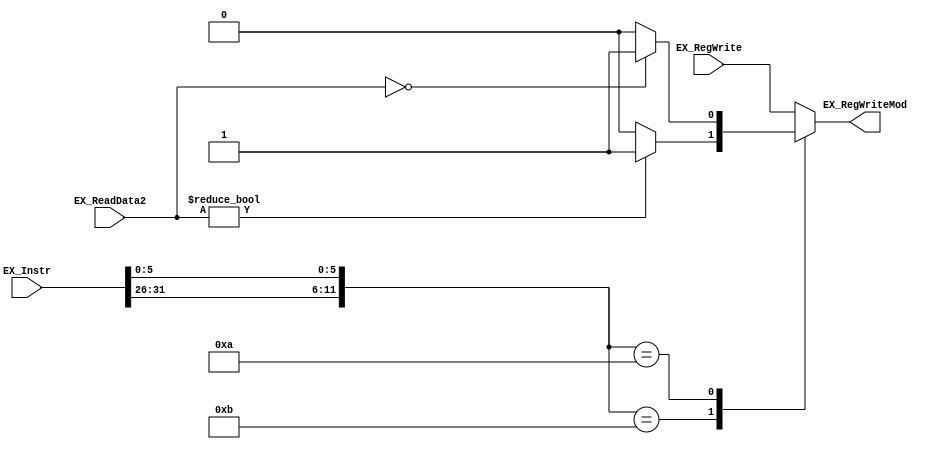
`timescale 1ns / 1ps
//////////////////////////////////////////////////////////////////////////////////
// Company: 
// Engineer: 
// 
// Design Name: 
// Module Name: MovCheck
// Project Name: 
// Target Devices: 
// Tool Versions: 
// Description: 
// 
// Dependencies: 
// 
// Revision:
// Revision 0.01 - File Created
// Additional Comments:
// 
//////////////////////////////////////////////////////////////////////////////////


module MovCheck(EX_Instr, EX_RegWrite, EX_ReadData2, EX_RegWriteMod);

    input [31:0] EX_ReadData2, EX_Instr;
    input EX_RegWrite;
    
    output reg EX_RegWriteMod;
    
    wire [11:0] ID;
    assign ID = {EX_Instr[31:26], EX_Instr[5:0]};
    
    initial 
    begin
        EX_RegWriteMod <= 1'b0;
    end
    
    always @(*) 
    begin
        case (ID)
            12'b000000001011 : 
            begin //movn
                if (EX_ReadData2 != 0) 
                begin
                    EX_RegWriteMod <= 1;
                end 
                else 
                begin
                    EX_RegWriteMod <= 0;
                end
            end
            12'b000000001010 : 
            begin //movz
                if (EX_ReadData2 == 0) 
                begin
                    EX_RegWriteMod <= 1;
                end 
                else 
                begin
                    EX_RegWriteMod <= 0;
                end
            end
            default : 
            begin //so that regwrite doesn't get messed up when any other instruction passes through
                EX_RegWriteMod <= EX_RegWrite;
            end
        endcase
    end

endmodule